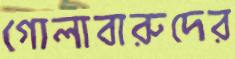
গোলাবারুদের